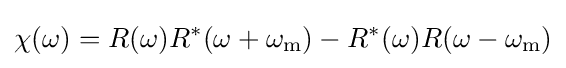
\chi (\omega )=R(\omega )R^{*}(\omega +\omega _{\mathrm {m} })-R^{*}(\omega )R(\omega -\omega _{\mathrm {m} })